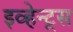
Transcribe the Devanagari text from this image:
इव्हेन्ट्‌स